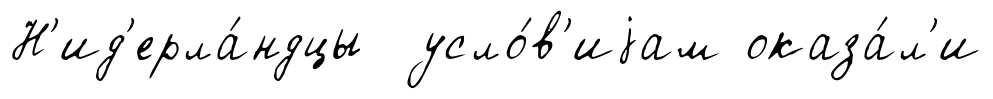
Н'ид'ерла́ндцы усло́в'иjам оказа́л'и